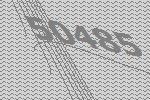
50485